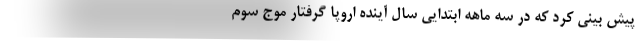
پیش بینی کرد که در سه ماهه ابتدایی سال آینده اروپا گرفتار موج سوم